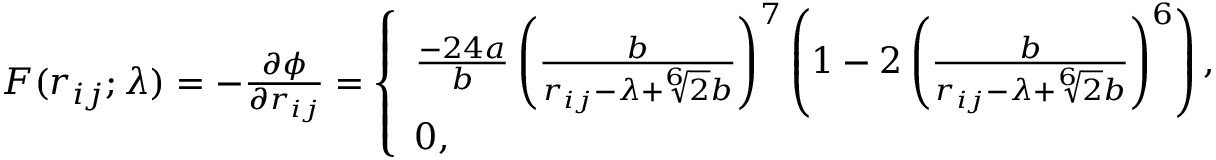
\begin{array} { r } { F ( r _ { i j } ; \lambda ) = - \frac { \partial \phi } { \partial r _ { i j } } = \left\{ \begin{array} { l l } { \frac { - 2 4 a } { b } \left( \frac { b } { r _ { i j } - \lambda + \sqrt [ 6 ] { 2 } b } \right) ^ { 7 } \left( 1 - 2 \left( \frac { b } { r _ { i j } - \lambda + \sqrt [ 6 ] { 2 } b } \right) ^ { 6 } \right) , } & { r _ { i j } < \lambda } \\ { 0 , } & { r _ { i j } \ge \lambda } \end{array} \right. } \end{array}